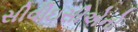
સીવીઇસીએનો